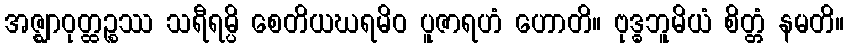
အဇ္ဈာဝုတ္ထဉ္စဿ သရီရမ္ပိ စေတိယဃရမိဝ ပူဇာရဟံ ဟောတိ။ ဗုဒ္ဓဘူမိယံ စိတ္တံ နမတိ။